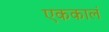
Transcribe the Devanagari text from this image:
एककालं